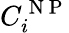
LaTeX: C_{i}^{\mathrm{~N~P~}}